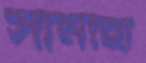
সামীহা